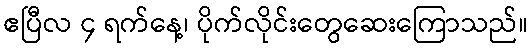
ဧပြီလ ၄ ရက်နေ့၊ ပိုက်လိုင်းတွေဆေးကြောသည်။